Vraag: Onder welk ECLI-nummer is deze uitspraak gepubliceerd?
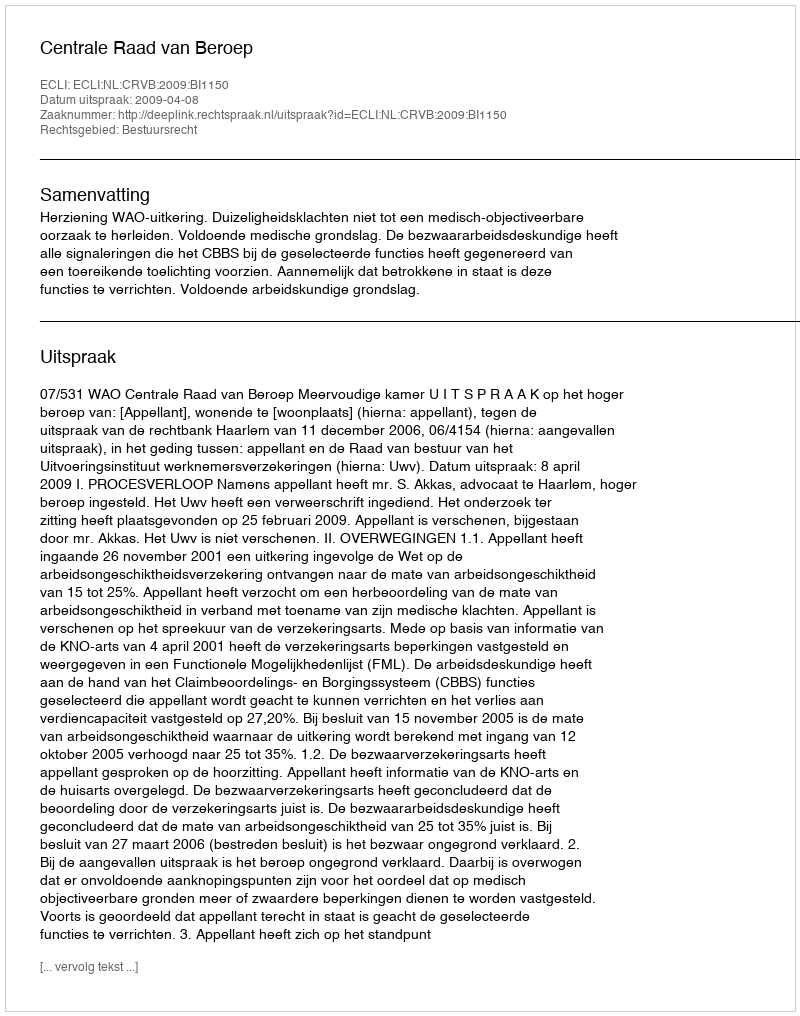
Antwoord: ECLI:NL:CRVB:2009:BI1150